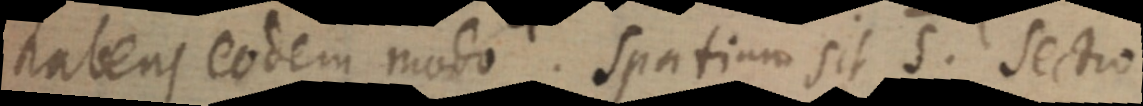
habens eodem modo. Spatium sit S. Sectio